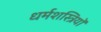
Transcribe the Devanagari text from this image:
धर्मशस्त्रियों